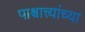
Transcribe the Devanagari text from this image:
पाश्चात्त्यांच्या